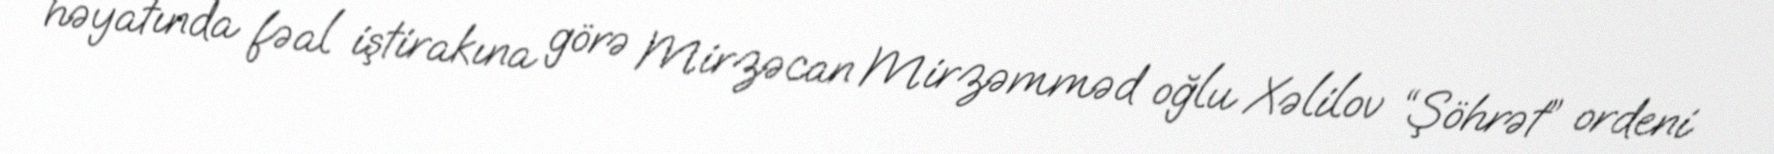
həyatında fəal iştirakına görə Mirzəcan Mirzəmməd oğlu Xəlilov “Şöhrət” ordeni